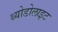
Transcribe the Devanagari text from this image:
थ्योडोलाइट